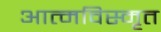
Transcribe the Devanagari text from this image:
आत्‍मविस्‍मृत